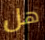
هل